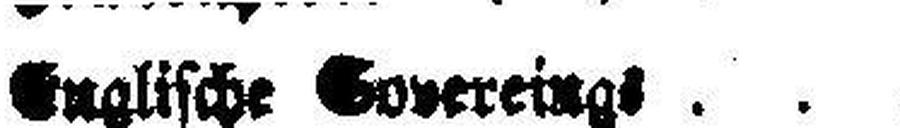
Englische Covereings